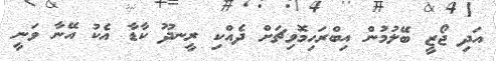
އަދި ޖޯޒީ ބޭލުމުން އިބްރަހިމޮވިޗަށް ދެއްކި ރީނދޫ ކާޑާ އެކު އޭނާ ވަނީ